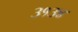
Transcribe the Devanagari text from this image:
३१३४